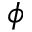
\phi